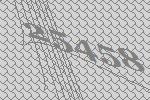
25458